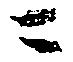
ニ